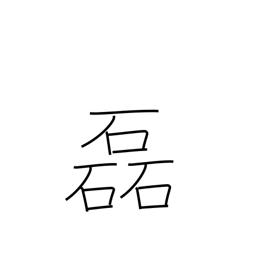
Meaning: many stones